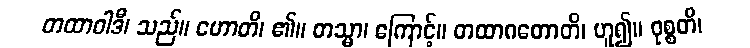
တထာဝါဒီ၊ သည်။ ဟောတိ၊ ၏။ တသ္မာ၊ ကြောင့်။ တထာဂတောတိ၊ ဟူ၍။ ဝုစ္စတိ၊